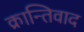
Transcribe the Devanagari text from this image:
क्रान्तिवाद